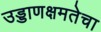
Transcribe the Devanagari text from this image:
उड्डाणक्षमतेचा